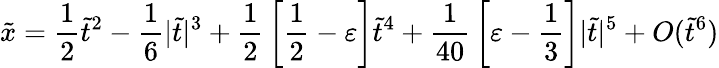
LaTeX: \tilde{x}={\frac{1}{2}}\tilde{t}^{2}-{\frac{1}{6}}|\tilde{t}|^{3}+{\frac{1}{2}}\left[{\frac{1}{2}}-\varepsilon\right]\tilde{t}^{4}+{\frac{1}{40}}\left[\varepsilon-{\frac{1}{3}}\right]|\tilde{t}|^{5}+O(\tilde{t}^{6})